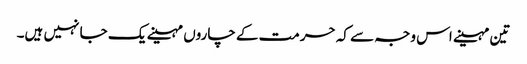
تین مہینے اس وجہ سے کہ حرمت کے چاروں مہینے یک جا نہیں ہیں۔